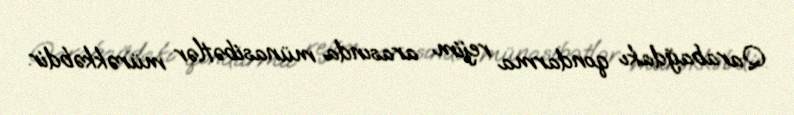
Qarabağdakı qondarma rejim arasında münasibətlər mürəkkəbdir.